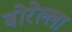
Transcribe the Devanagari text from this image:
बोरेल्ला